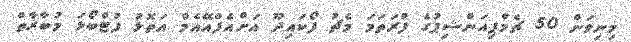
މިނިވަން 50 ޗެމްޕިއަންޝިޕުގެ ފުރަތަމަ މެޗު ފޯކައިދޫ އަށްއެފްއޭއެމް އަތޮޅު ފުޓްބޯޅަ މުބާރާތް